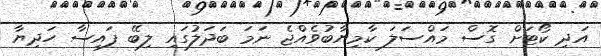
އަދި ކޯޓަށް ގޮސް މައްސަލަ ކާމިޔާބުވެއްޖެ ނަމަ ބަދަލުގައި ލިބޭ ފައިސާ ހަދިޔާ